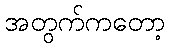
အတွက်ကတော့